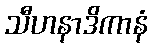
သီဟနာဒိကာနံ